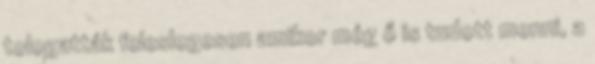
tologatták feleslegesen amikor még ő is tudott menni, a